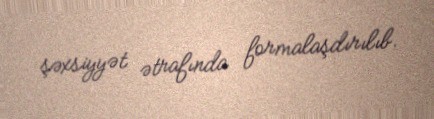
şəxsiyyət ətrafında formalaşdırılıb.